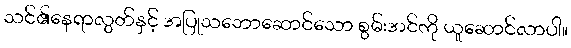
သင်၏နေရာလွတ်နှင့် အပြုသဘောဆောင်သော စွမ်းအင်ကို ယူဆောင်လာပါ။